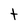
Character: t